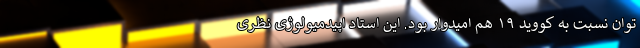
توان نسبت به کووید ۱۹ هم امیدوار بود. این استاد اپیدمیولوژی نظری